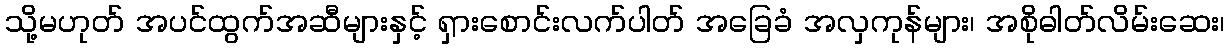
သို့မဟုတ် အပင်ထွက်အဆီများနှင့် ရှားစောင်းလက်ပါတ် အခြေခံ အလှကုန်များ၊ အစိုဓါတ်လိမ်းဆေး၊